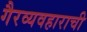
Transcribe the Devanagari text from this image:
गैरव्यवहाराची